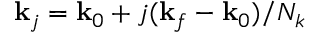
\mathbf { k } _ { j } = \mathbf { k } _ { 0 } + j ( \mathbf { k } _ { f } - \mathbf { k } _ { 0 } ) / N _ { k }